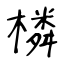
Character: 橉